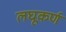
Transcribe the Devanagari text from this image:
लघूकर्ण